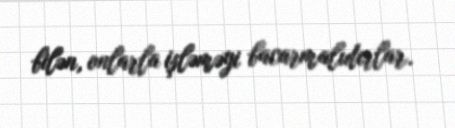
bilən, onlarla işləməyi bacarmalıdırlar.